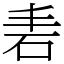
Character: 砉